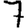
Digit: 7